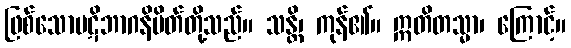
ဖြစ်သောပဋိဘာဂနိမိတ်တို့သည်။ သန္တိ၊ ကုန်၏။ ဣတိတသ္မာ၊ ကြောင့်။